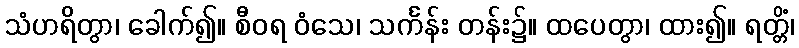
သံဟရိတွာ၊ ခေါက်၍။ စီဝရ ဝံသေ၊ သင်္ကန်း တန်း၌။ ထပေတွာ၊ ထား၍။ ရတ္တိံ၊